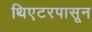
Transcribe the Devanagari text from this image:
थिएटरपासून